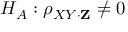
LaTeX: H _ { A } : \rho _ { X Y \cdot \mathbf { Z } } \neq 0